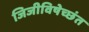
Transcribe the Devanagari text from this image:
जिजीविषेच्छंत